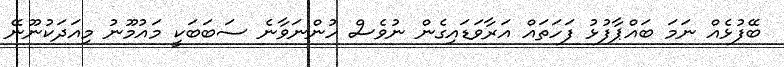
ބޭފުޅެއް ނަމަ ބައްޕާފުޅު ފަހަތައް އަރާވަޑައިގެން ނުވެސް ހުންނަވާނެ ސަބަބަކީ މައުމޫނު މިއަދަކުނޫނޭ